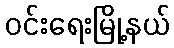
ဝင်းရေးမြို့နယ်